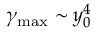
\gamma _ { \mathrm { { m a x } } } \sim y _ { 0 } ^ { 4 }